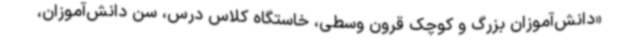
«دانش‌آموزان بزرگ و کوچک قرون وسطی، خاستگاه کلاس درس، سن دانش‌آموزان،